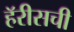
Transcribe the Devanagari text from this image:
हॅरीसची